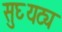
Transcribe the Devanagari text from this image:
सुघ्यट्य